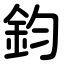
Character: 鈞